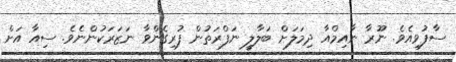
ސާފުވިއެވެ. ނޫރާ ނާއިމްއާ ދިމަލަށް ބަލާލީ ނަފްރަތުން ފުރިގެންވާ ނަޒަރަކުންނެވެ. ސިއާ އަށް